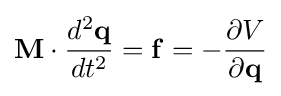
\mathbf {M} \cdot {\frac {d^{2}\mathbf {q} }{dt^{2}}}=\mathbf {f} =-{\frac {\partial V}{\partial \mathbf {q} }}